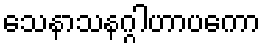
သေနာသနဂ္ဂါဟာပကော